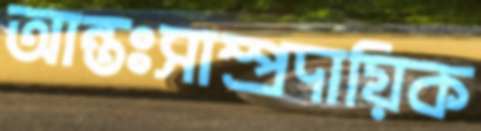
আন্তঃসাম্প্রদায়িক